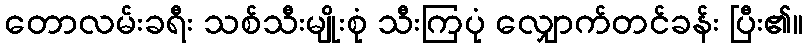
တောလမ်းခရီး သစ်သီးမျိုးစုံ သီးကြပုံ လျှောက်တင်ခန်း ပြီး၏။